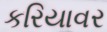
કરિયાવર